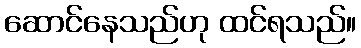
ဆောင်နေသည်ဟု ထင်ရသည်။